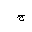
Letter: _gim